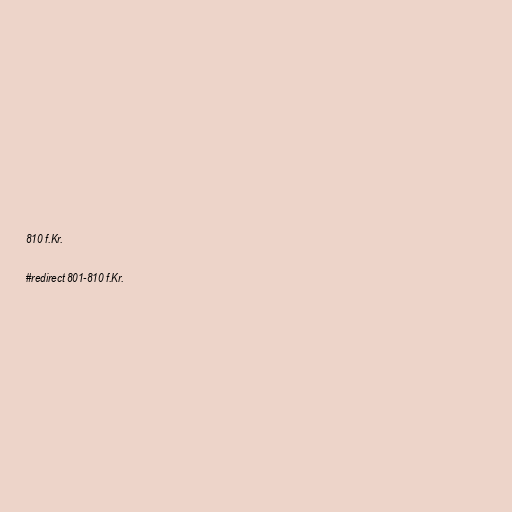
810 f.Kr.

#redirect 801-810 f.Kr.